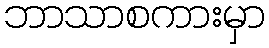
ဘာသာစကားမှာ